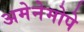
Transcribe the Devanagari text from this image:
अमेनेमोपे